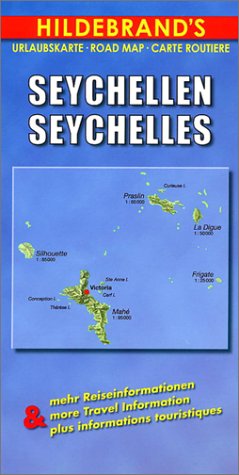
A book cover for Hildebrand's Travel Map: Seychelles (Hildebrand's Africa / Indian Ocean Travel Map); Collectif; Travel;